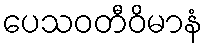
ပေသဝတီဝိမာနံ